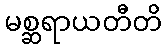
မစ္ဆရာယတီတိ